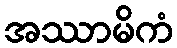
အဿာမိကံ